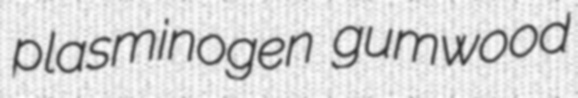
plasminogen gumwood